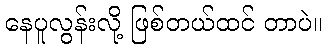
နေပူလွန်းလို့ ဖြစ်တယ်ထင် တာပဲ။